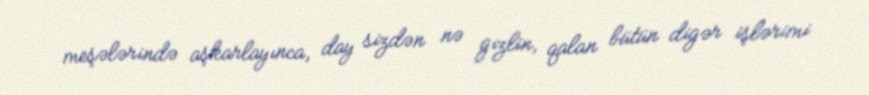
meşələrində aşkarlayınca, day sizdən nə gizlin, qalan bütün digər işlərimi